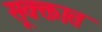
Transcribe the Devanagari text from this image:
सूक्क्तात